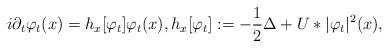
LaTeX: \begin{align*} i\partial_{t}\varphi_{t}(x) = h_x[\varphi_t]\varphi_{t}(x), h_x[\varphi_t] := -\frac{1}{2}\Delta+U*|\varphi_t|^{2}(x),\end{align*}